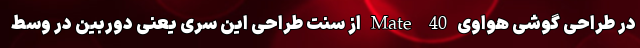
در طراحی گوشی هواوی Mate 40 از سنت طراحی این سری یعنی دوربین در وسط